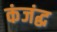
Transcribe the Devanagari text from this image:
कंजंद्ध